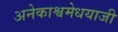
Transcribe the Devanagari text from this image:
अनेकाश्वमेधयाजी